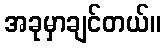
အခုမှာချင်တယ်။